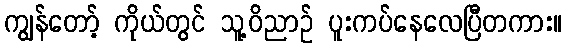
ကျွန်တော့် ကိုယ်တွင် သူ့ဝိညာဉ် ပူးကပ်နေလေပြီတကား။